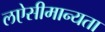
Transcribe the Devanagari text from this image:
लऐसीमान्यता